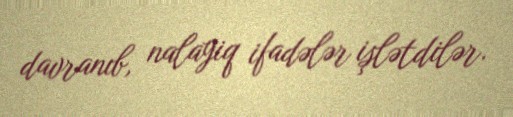
davranıb, nalayiq ifadələr işlətdilər.